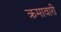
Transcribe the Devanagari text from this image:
क्रमावारी